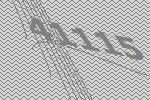
41115